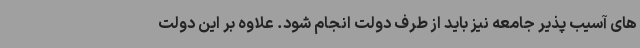
های آسیب پذیر جامعه نیز باید از طرف دولت انجام شود. علاوه بر این دولت